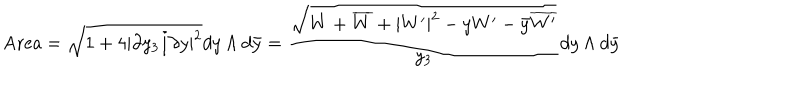
\mathrm { A r e a } = \sqrt { 1 + 4 | \partial y _ { 3 } / \partial y | ^ { 2 } } d y \wedge d \bar { y } = { \frac { \sqrt { W + \overline { { { W } } } + | W ^ { \prime } | ^ { 2 } - y W ^ { \prime } - \bar { y } \overline { { { W ^ { \prime } } } } } } { y _ { 3 } } } d y \wedge d \bar { y }